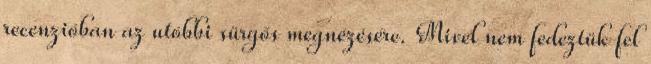
recenzióban az utóbbi sürgős megnézésére. Mivel nem fedeztük fel